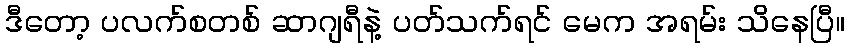
ဒီတော့ ပလက်စတစ် ဆာဂျရီနဲ့ ပတ်သက်ရင် မေက အရမ်း သိနေပြီ။